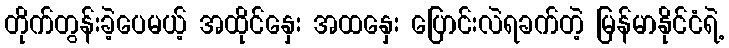
တိုက်တွန်းခဲ့ပေမယ့် အထိုင်နှေး အထနှေး ပြောင်းလဲရခက်တဲ့ မြန်မာနိုင်ငံရဲ့